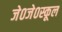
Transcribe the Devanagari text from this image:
जे०जे०स्कूल